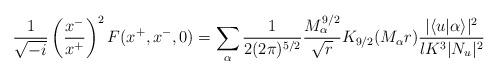
LaTeX: \begin{align*}\frac{1}{\sqrt{-i} }\left(\frac{x^-}{x^+} \right)^2 F(x^+,x^-,0)=\sum_\alpha \frac{1}{2 (2\pi)^{5/2}}\frac{M_\alpha^{9/2}}{\sqrt{r}}K_{9/2}(M_\alpha r)\frac{|\langle u|\alpha\rangle|^2}{lK^3 |N_u|^2} \end{align*}